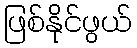
ဖြစ်နိုင်ဖွယ်